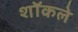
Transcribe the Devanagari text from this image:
शॉकले